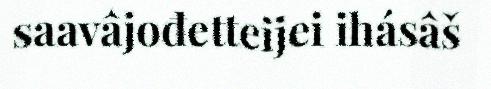
saavâjođetteijei ihásâš